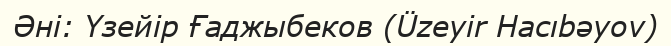
Әні: Үзейір Ғаджыбеков (Üzeyir Hacıbəyov)